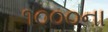
૧૦૦૦ના